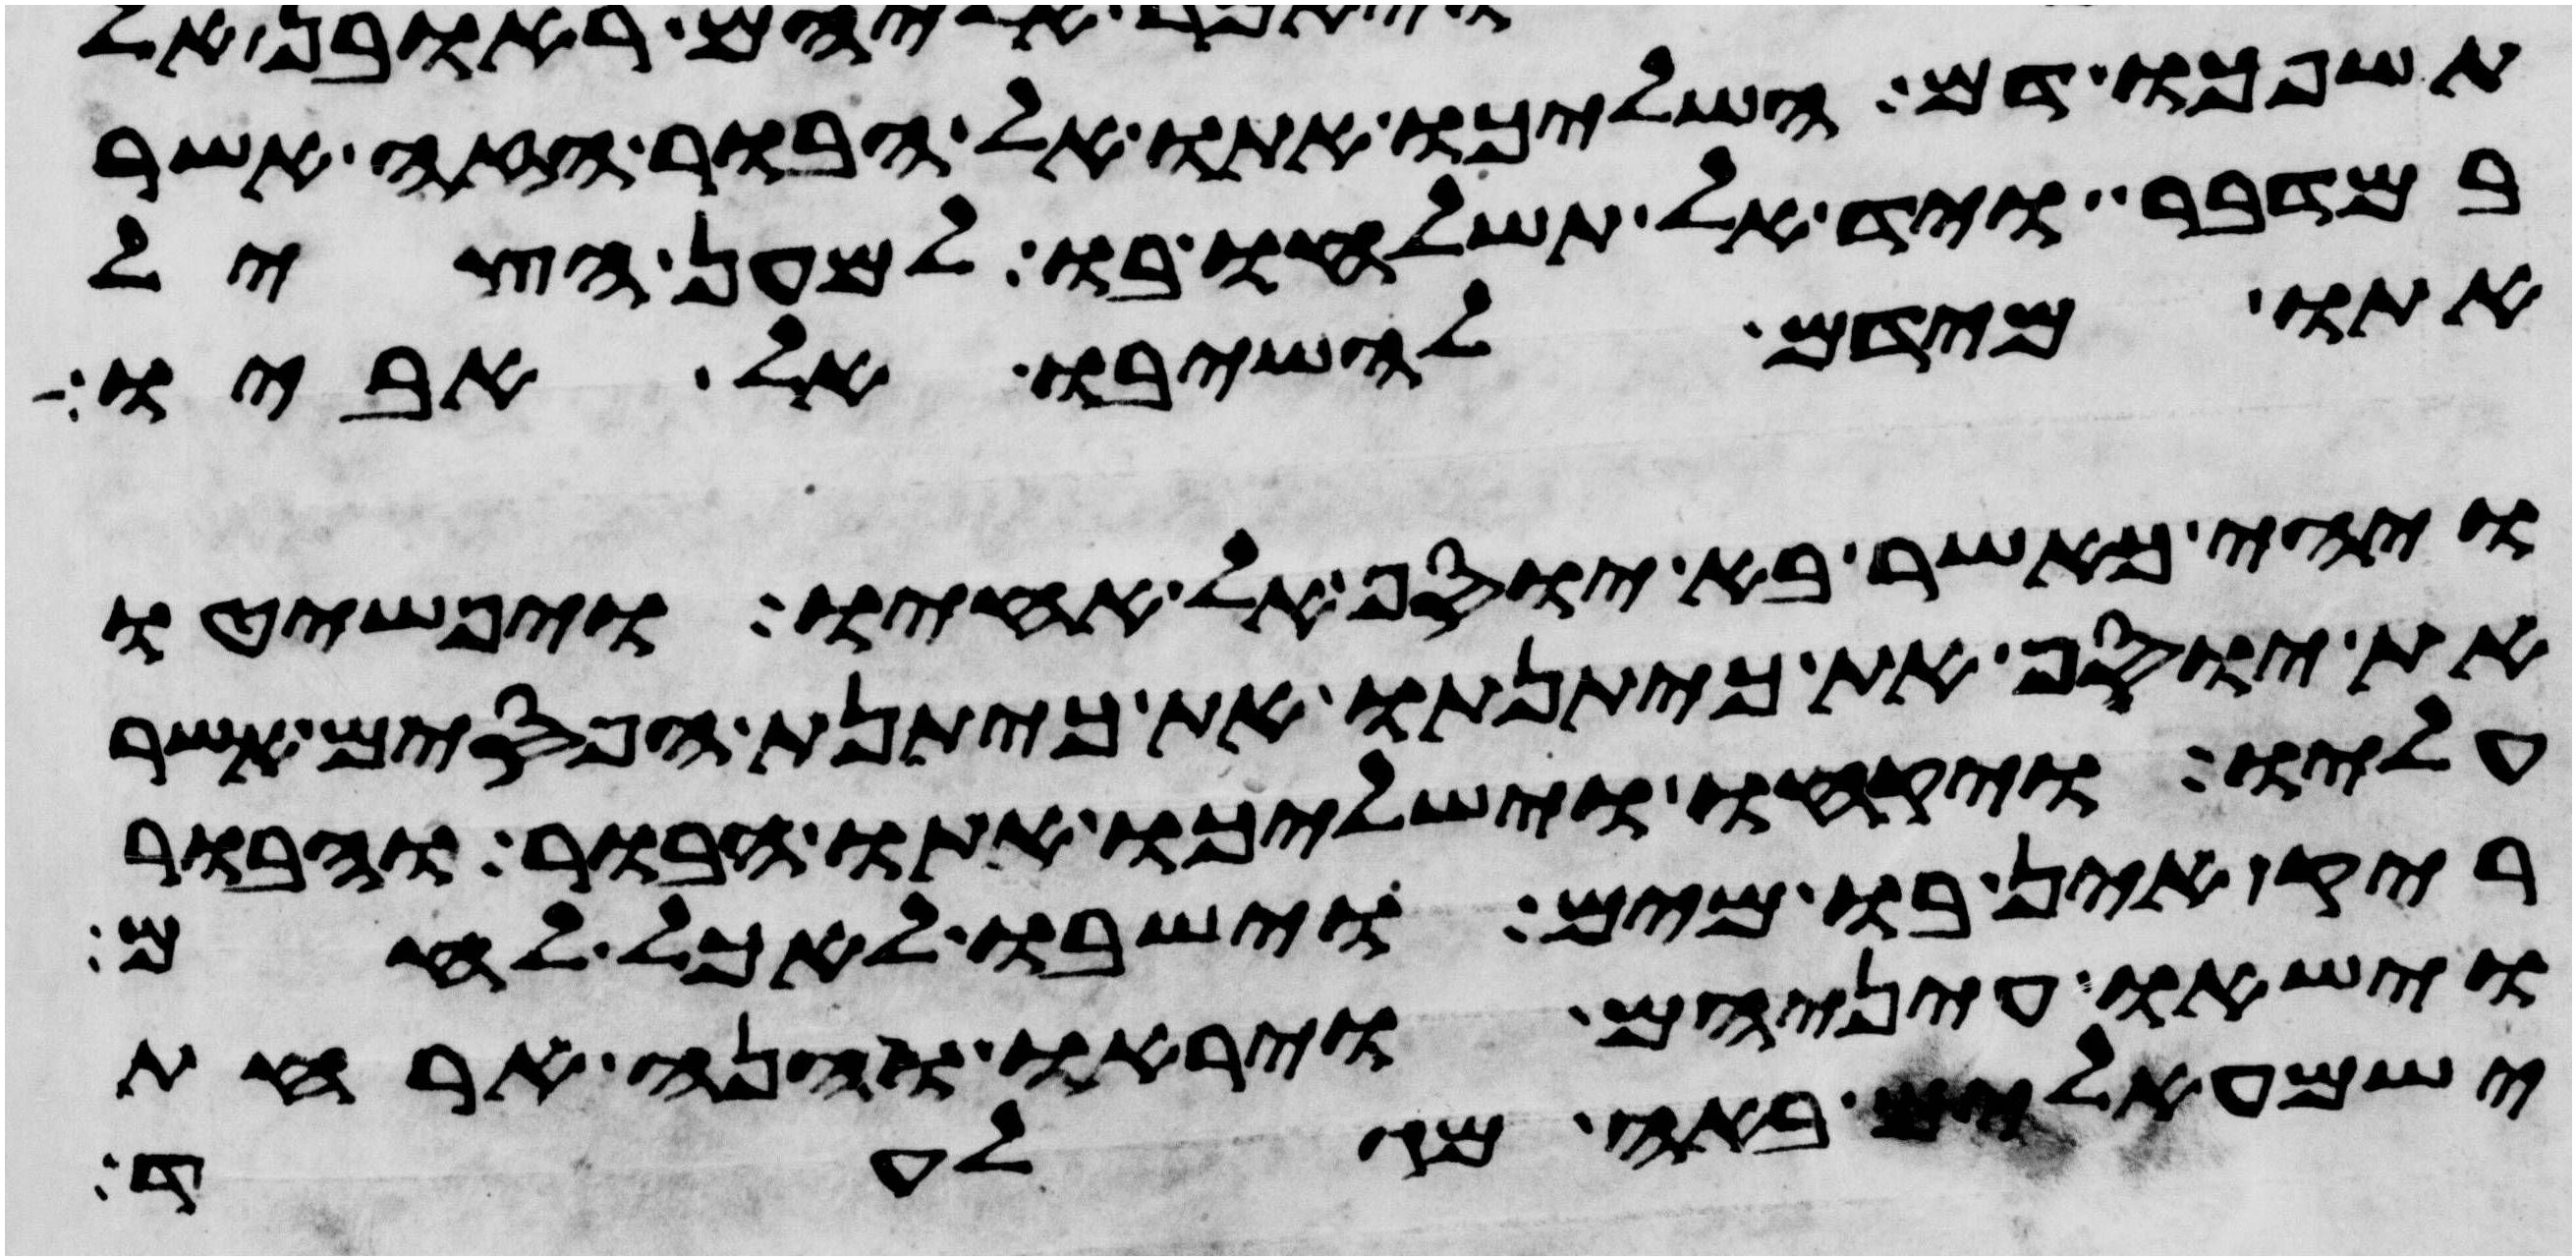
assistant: תשפכו דם השליכו אתו אל הבור הזה אשר
במדבר ויד אל תשלחו בו למען הציל
אתו מידם להשיבו אל אביו
ויהי כאשר בא יוסף אל אחיו ויפשטו
את יוסף את כיתנתו את כיתנת הפסים אשר
עליו ויקחו וישלכו אתו הבור והבור
ריק אין בו מים וישבו לאכל לחם
וישאו עיניהם ויראו והנה ארחת
ישמעאלים באה מגלעד